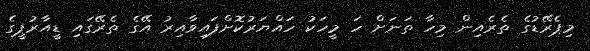
މިޕެރޭޑުގެ ތެރެއިން މިހާ ތަނަށް ހަ މީހަކު ހައްޔަރުކޮށްފައިވާއިރު އޭގެ ތެރޭގައި ޑީއާރުޕީގެ